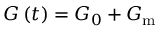
G \left( t \right) = G _ { 0 } + G _ { \mathrm { m } }